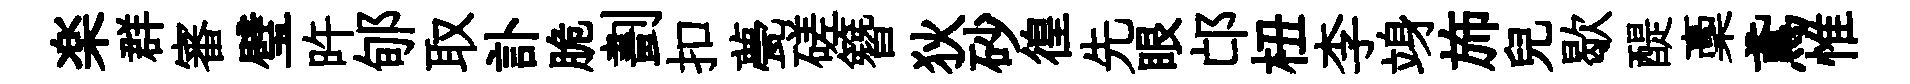
楽群審璧旿郇取訃脆劃扣甍磋簪狄砂徨先眼邙杻李竧斾兒歇醍稾鳶惟